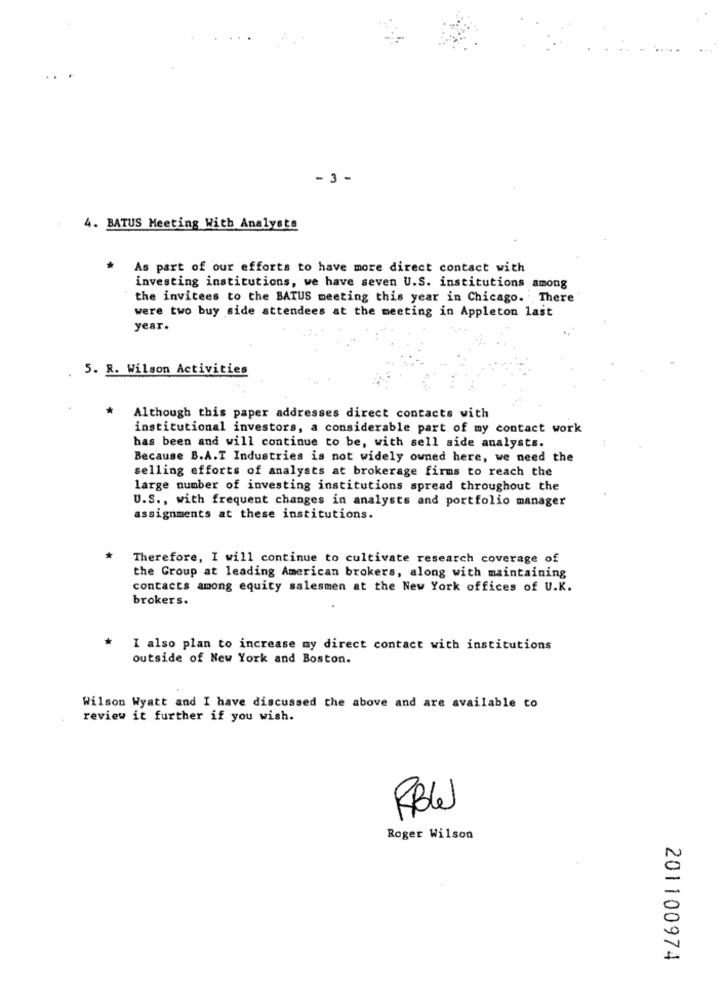
- 3 -
4. BATUS Meeting With Analysts
As part of our efforts to have more direct contact with
investing institutions, we have seven U.S. institutions among
the invitees to the BATUS meeting this year in Chicago. There
were two buy side attendees at the meeting in Appleton last
year.
5. R. Wilson Activities
Although this paper addresses direct contacts with
institutional investors, a considerable part of my contact work
has been and will continue to be, with sell side analysts.
Because B.A.T Industries is not widely owned here, we need the
selling efforts of analysts at brokerage firms to reach the
large number of investing institutions spread throughout the
U.S ., with frequent changes in analysts and portfolio manager
assignments at these institutions.
Therefore, I will continue to cultivate research coverage of
the Group at leading American brokers, along with maintaining
contacts among equity salesmen at the New York offices of U.K.
brokers.
I also plan to increase my direct contact with institutions
outside of New York and Boston.
Wilson Wyatt and I have discussed the above and are available to
review it further if you wish.
RBW
Roger Wilson
201100974